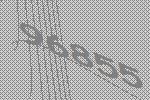
96855